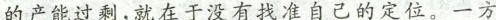
的产能过剩，就在于没有找准自己的定位。一方